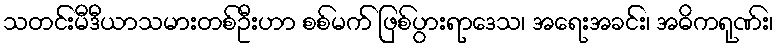
သတင်းမီဒီယာသမားတစ်ဦးဟာ စစ်မက် ဖြစ်ပွားရာဒေသ၊ အရေးအခင်း၊ အဓိကရုဏ်း၊